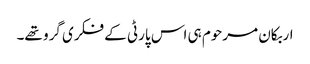
اربکان مرحوم ہی اس پارٹی کے فکری گرو تھے۔